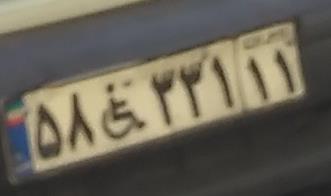
۵۸+۳۳۱۱۱